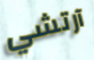
آرتشي